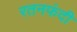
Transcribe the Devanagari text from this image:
रतनफंदी